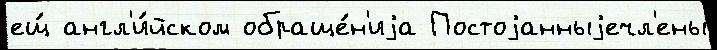
ещ́ англ'и́йском обраще́н'иjа Постоjанныjечл'ены